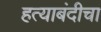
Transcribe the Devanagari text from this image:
हत्याबंदीचा